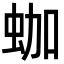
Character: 𧊀